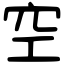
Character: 空